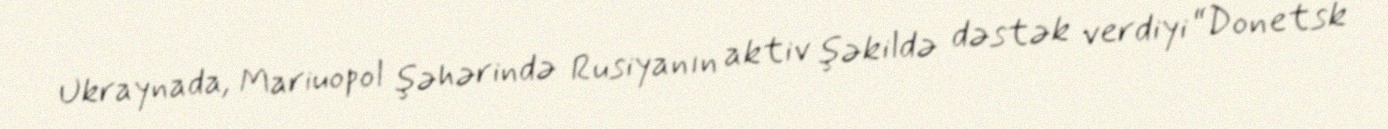
Ukraynada, Mariuopol şəhərində Rusiyanın aktiv şəkildə dəstək verdiyi “Donetsk